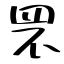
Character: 罘